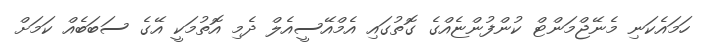
ހަމައެކަނި މެނޭޖްމަންޓް ކުންފުންޏެއްގެ ގޮތުގައި އެމްއޭސީއެލް ދެމި އޮތުމަކީ އޭގެ ސަބަބެއް ކަމަށް